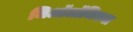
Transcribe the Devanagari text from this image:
जिऑलॉजिकल